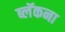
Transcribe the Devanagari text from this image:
ब्लॅकना